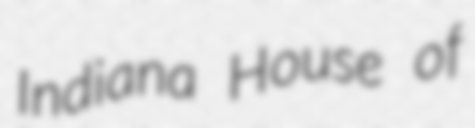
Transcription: Indiana House of